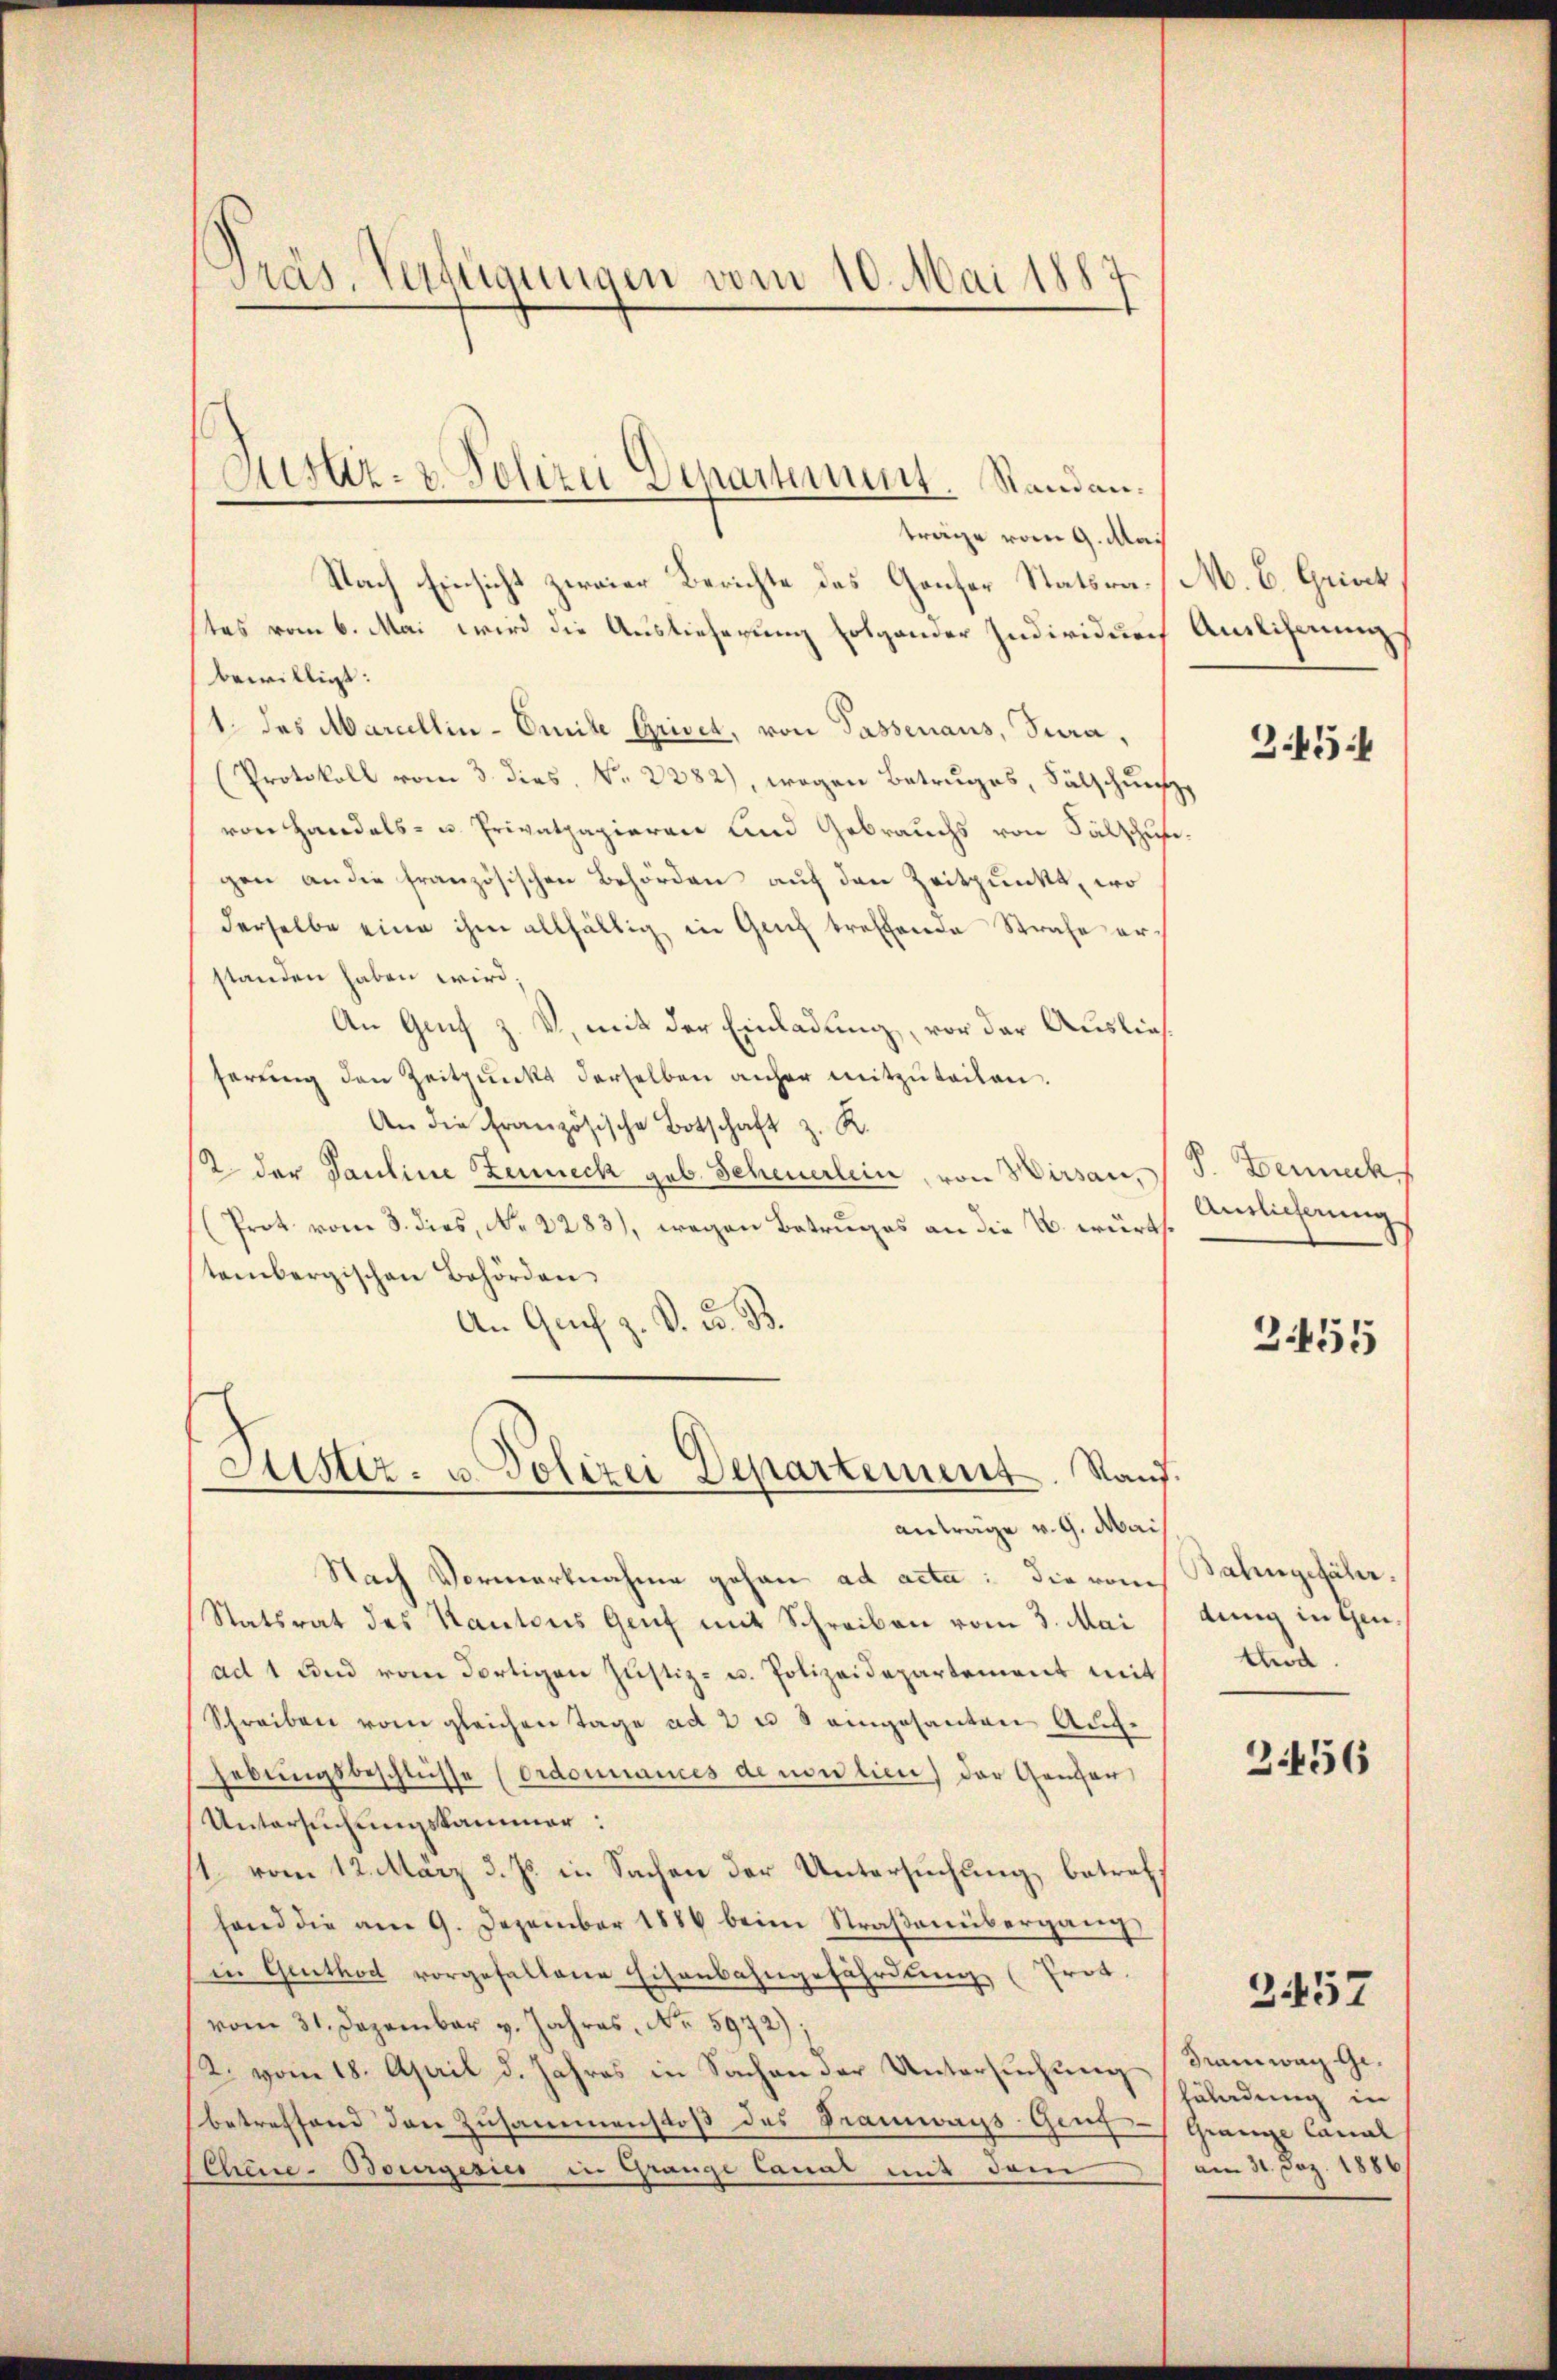
Präs. Verfügungen vom 10. Mai 1887

Nach Einsicht zweier Berichte des Ganter Statsrates vom 6. Mai wird die Auslieferung folgender Individuen
bewilligt.
1 des Marcellin-Omite Grivet, von Passenaus, Jura,
(Protokoll vom 3. dies, No. 2282), wegen Betruges, Sälschungs
von Handels- u. Privatpapieren und Gebrauchs von Fälschuf
gen an die französischen Behörden auf den Zeitpunkt, wo
derselbe eine ihm allfältig in Glich treffende Strafe erstanden haben wird.
An Genf z. V., mit der Einladung, vor der Auslief
serung den Zeitpunkt derselben anher mitzuteilen.
An die Französische Botschaft z. K.
2 der Pauline Zeuneck geb. Scheuerlein, von Wirsau,
(Prot. vom 3. dies, No. 2283), wegen Betruges an die u. würtstembergischen Behörden.
An Grif z. B. F. B.
Justiz- u. Polizei Departement. Rand.
anträge v. 9. Mai
Nach Vormerknahme gehen ad acta: die vom
Statsrat des Kantons Genf mit Schreiben vom 3. Mai
ad 1 und vom dortigen Justiz- u. Polizeidepartement mit
Schreiben vom gleichen Tage ad 2 u 3 eingesanten Auf-
hebungsbeschlüsse (Ordonnances de non lien) der Gener
Untersuchungskammer:
1 vom 12. März d. Js. in Sachen der Untersuchung betreff
fand die am 9. Dezember 1886 beim Straßenübergang
in Genthod vorgefallene Eisenbahngefährdung (Prot.
vom 31. Dezember v. Jahres, No 5972);
R. vom 18. April d. Jahres in Sachen der Untersuchung
betreffend den Zusammenstoß des Sramways Grus-Granze Canal
Chene-Bourgesies in Grange Canal mit dem

Araz- & Polizei Departement. Standanträge vom 9. Mai

M. B. Griech
Auslicherung
345:

S. Berech
Anslicherung

255

Bahngefähr.
dung in Gen.
tod.
2.456

3457

Framwag Gehälndung in
am 31. Dez. 1886